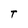
Character: T